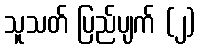
သူသတ် ပြည်ပျက် (၂)